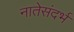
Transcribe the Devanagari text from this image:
नातेसंदर्भ